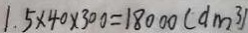
1 . 5 \times 4 0 \times 3 0 0 = 1 8 0 0 0 ( d m ^ { 3 } )